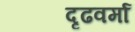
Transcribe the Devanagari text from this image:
दृढवर्मा